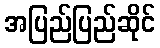
အပြည်ပြည်ဆိုင်